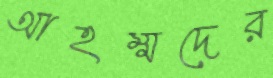
আহম্মদের